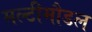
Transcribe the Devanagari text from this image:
मल्टीमौडल